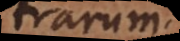
trarum.